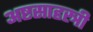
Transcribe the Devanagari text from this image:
अष्टसाहस्त्री